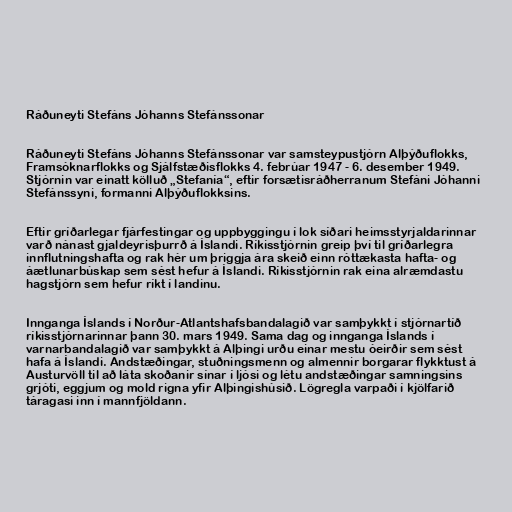
Ráðuneyti Stefáns Jóhanns Stefánssonar

Ráðuneyti Stefáns Jóhanns Stefánssonar var samsteypustjórn Alþýðuflokks,
Framsóknarflokks og Sjálfstæðisflokks 4. febrúar 1947 - 6. desember 1949.
Stjórnin var einatt kölluð „Stefanía“, eftir forsætisráðherranum Stefáni Jóhanni
Stefánssyni, formanni Alþýðuflokksins.

Eftir gríðarlegar fjárfestingar og uppbyggingu í lok síðari heimsstyrjaldarinnar
varð nánast gjaldeyrisþurrð á Íslandi. Ríkisstjórnin greip því til gríðarlegra
innflutningshafta og rak hér um þriggja ára skeið einn róttækasta hafta- og
áætlunarbúskap sem sést hefur á Íslandi. Ríkisstjórnin rak eina alræmdastu
hagstjórn sem hefur ríkt í landinu.

Innganga Íslands í Norður-Atlantshafsbandalagið var samþykkt í stjórnartíð
ríkisstjórnarinnar þann 30. mars 1949. Sama dag og innganga Íslands í
varnarbandalagið var samþykkt á Alþingi urðu einar mestu óeirðir sem sést
hafa á Íslandi. Andstæðingar, stuðningsmenn og almennir borgarar flykktust á
Austurvöll til að láta skoðanir sínar í ljósi og létu andstæðingar samningsins
grjóti, eggjum og mold rigna yfir Alþingishúsið. Lögregla varpaði í kjölfarið
táragasi inn í mannfjöldann.